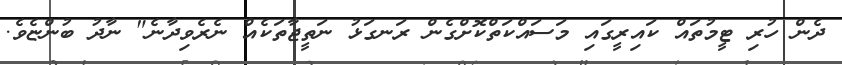
ދެން ހުރި ޓީމުތައް ކައިރީގައި މަސައްކަތްކޮށްގެން ރަނގަޅު ނަތީޖާތަކެއް ނެރެވިދާނެ" ނާދު ބުންޏެވެ.